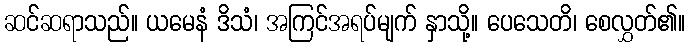
ဆင်ဆရာသည်။ ယမေနံ ဒိသံ၊ အကြင်အရပ်မျက် နှာသို့။ ပေသေတိ၊ စေလွှတ်၏။